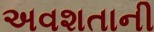
અવશતાની